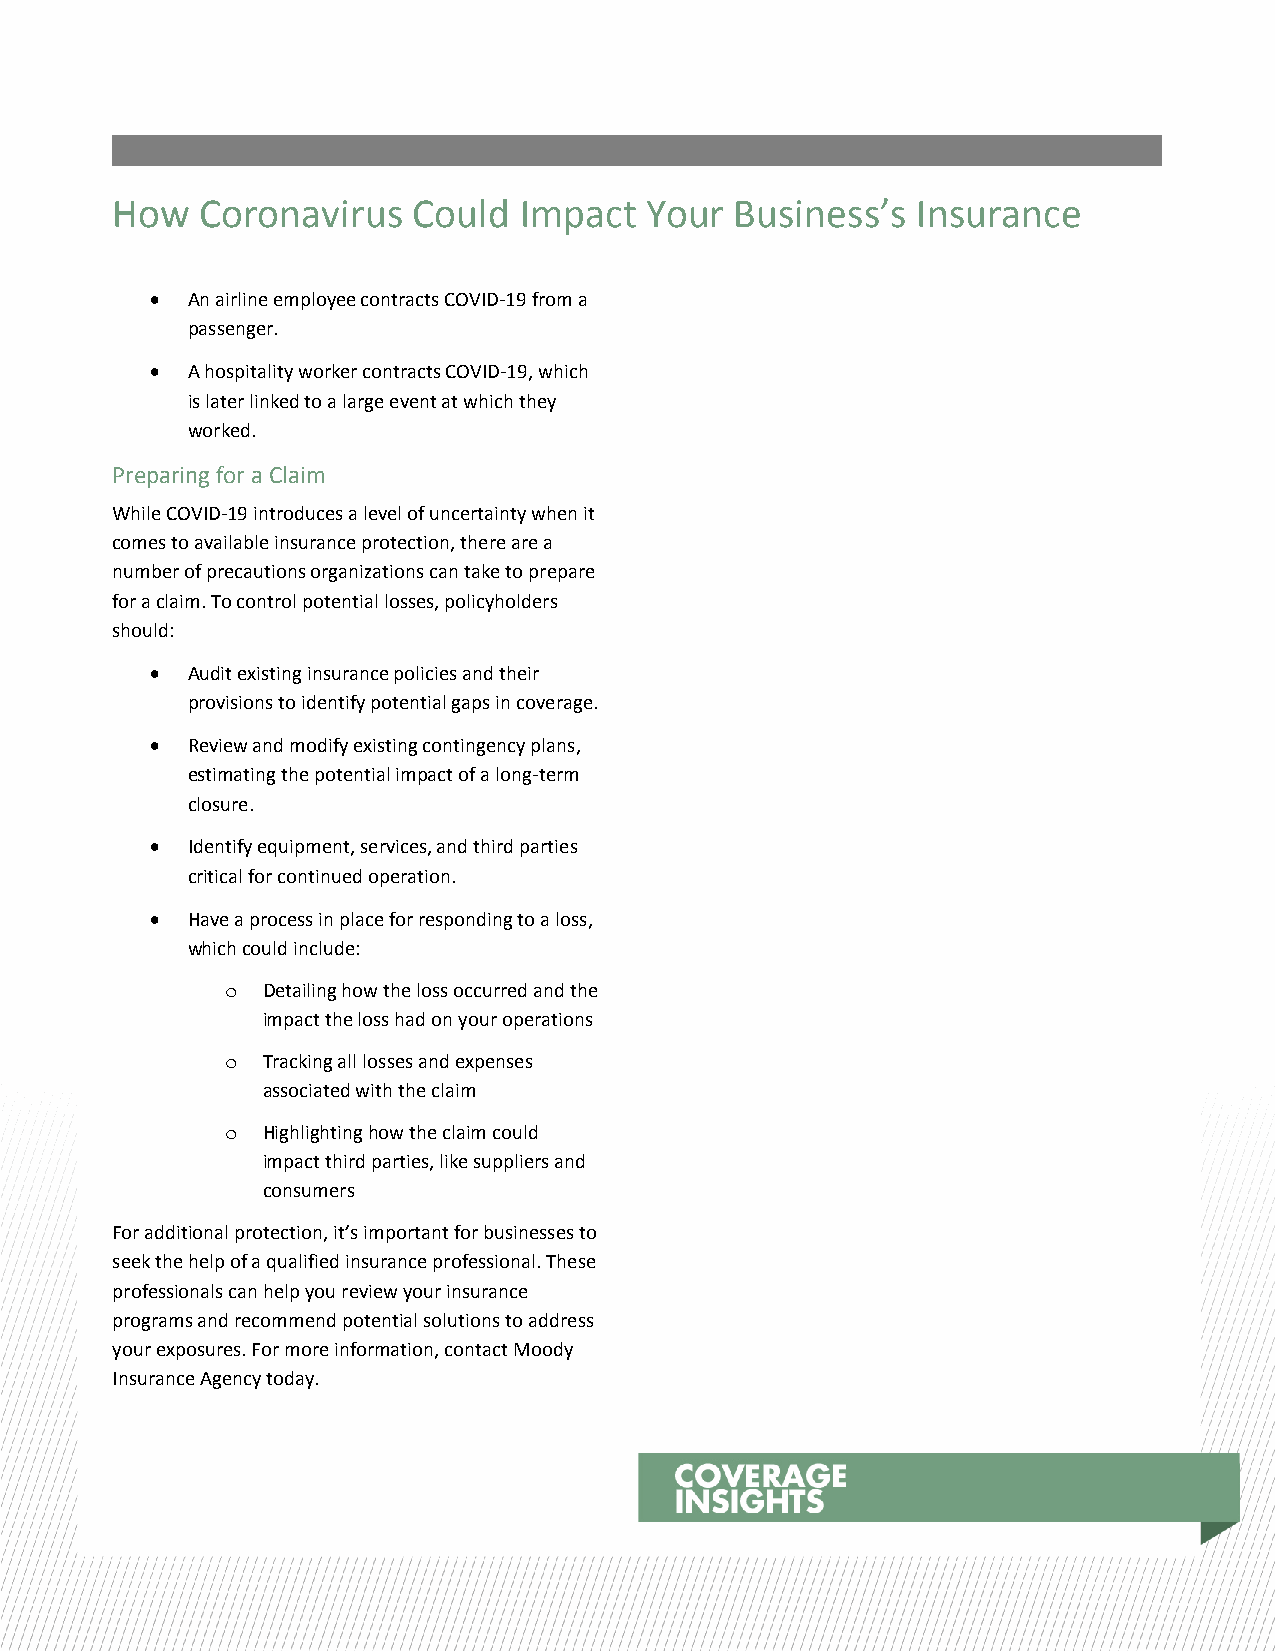
How   Coronavirus   Could  Impact   Your  Business’s  Insurance
  An airline employee contracts COVID-19 from a
 passenger.
  A hospitality worker contracts COVID-19, which
 is later linked to a large event at which they
 worked.
 Preparing for a Claim
 While COVID-19 introduces a level of uncertainty when it
 comes to available insurance protection, there are a
 number of precautions organizations can take to prepare
 for a claim. To control potential losses, policyholders
 should:
  Audit existing insurance policies and their
 provisions to identify potential gaps in coverage.
  Review and modify existing contingency plans,
 estimating the potential impact of a long-term
 closure.
  Identify equipment, services, and third parties
 critical for continued operation.
  Have a process in place for responding to a loss,
 which could include:
 o Detailing how the loss occurred and the
 impact the loss had on your operations
 o Tracking all losses and expenses
 associated with the claim
 o Highlighting how the claim could
 impact third parties, like suppliers and
 consumers
 For additional protection, it’s important for businesses to
 seek the help of a qualified insurance professional. These
 professionals can help you review your insurance
 programs and recommend potential solutions to address
 your exposures. For more information, contact Moody
 Insurance Agency today.